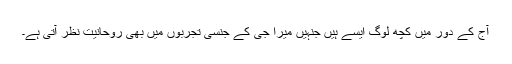
آج کے دور میں کچھ لوگ ایسے ہیں جنہیں میرا جی کے جنسی تجربوں میں بھی روحانیت نظر آتی ہے۔